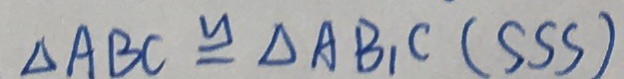
\Delta A B C \cong \Delta A B _ { 1 } C ( S S S )